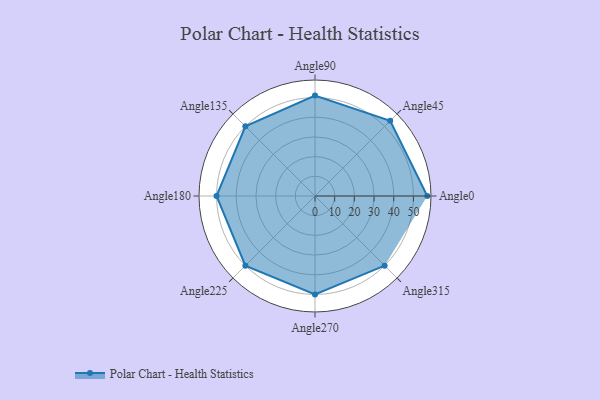
{"axis": {"x": "Angle", "y": "Radius"}, "legend": [""], "data": [{"x": "Angle0", "y": 57.0, "type": ""}, {"x": "Angle45", "y": 54.0, "type": ""}, {"x": "Angle90", "y": 51.0, "type": ""}, {"x": "Angle135", "y": 50, "type": ""}, {"x": "Angle180", "y": 50, "type": ""}, {"x": "Angle225", "y": 50, "type": ""}, {"x": "Angle270", "y": 50, "type": ""}, {"x": "Angle315", "y": 50, "type": ""}]}